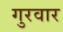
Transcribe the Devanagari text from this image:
गुरवार